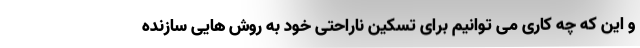
و این که چه کاری می توانیم برای تسکین ناراحتی خود به روش هایی سازنده